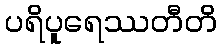
ပရိပူရေဿတီတိ